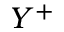
Y ^ { + }